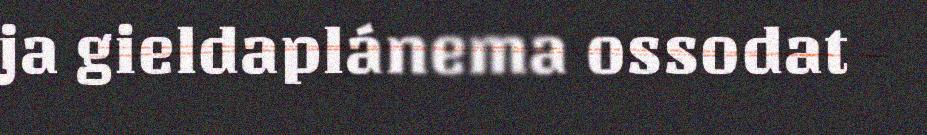
ja gieldaplánema ossodat